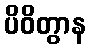
ပိဝိတွာန